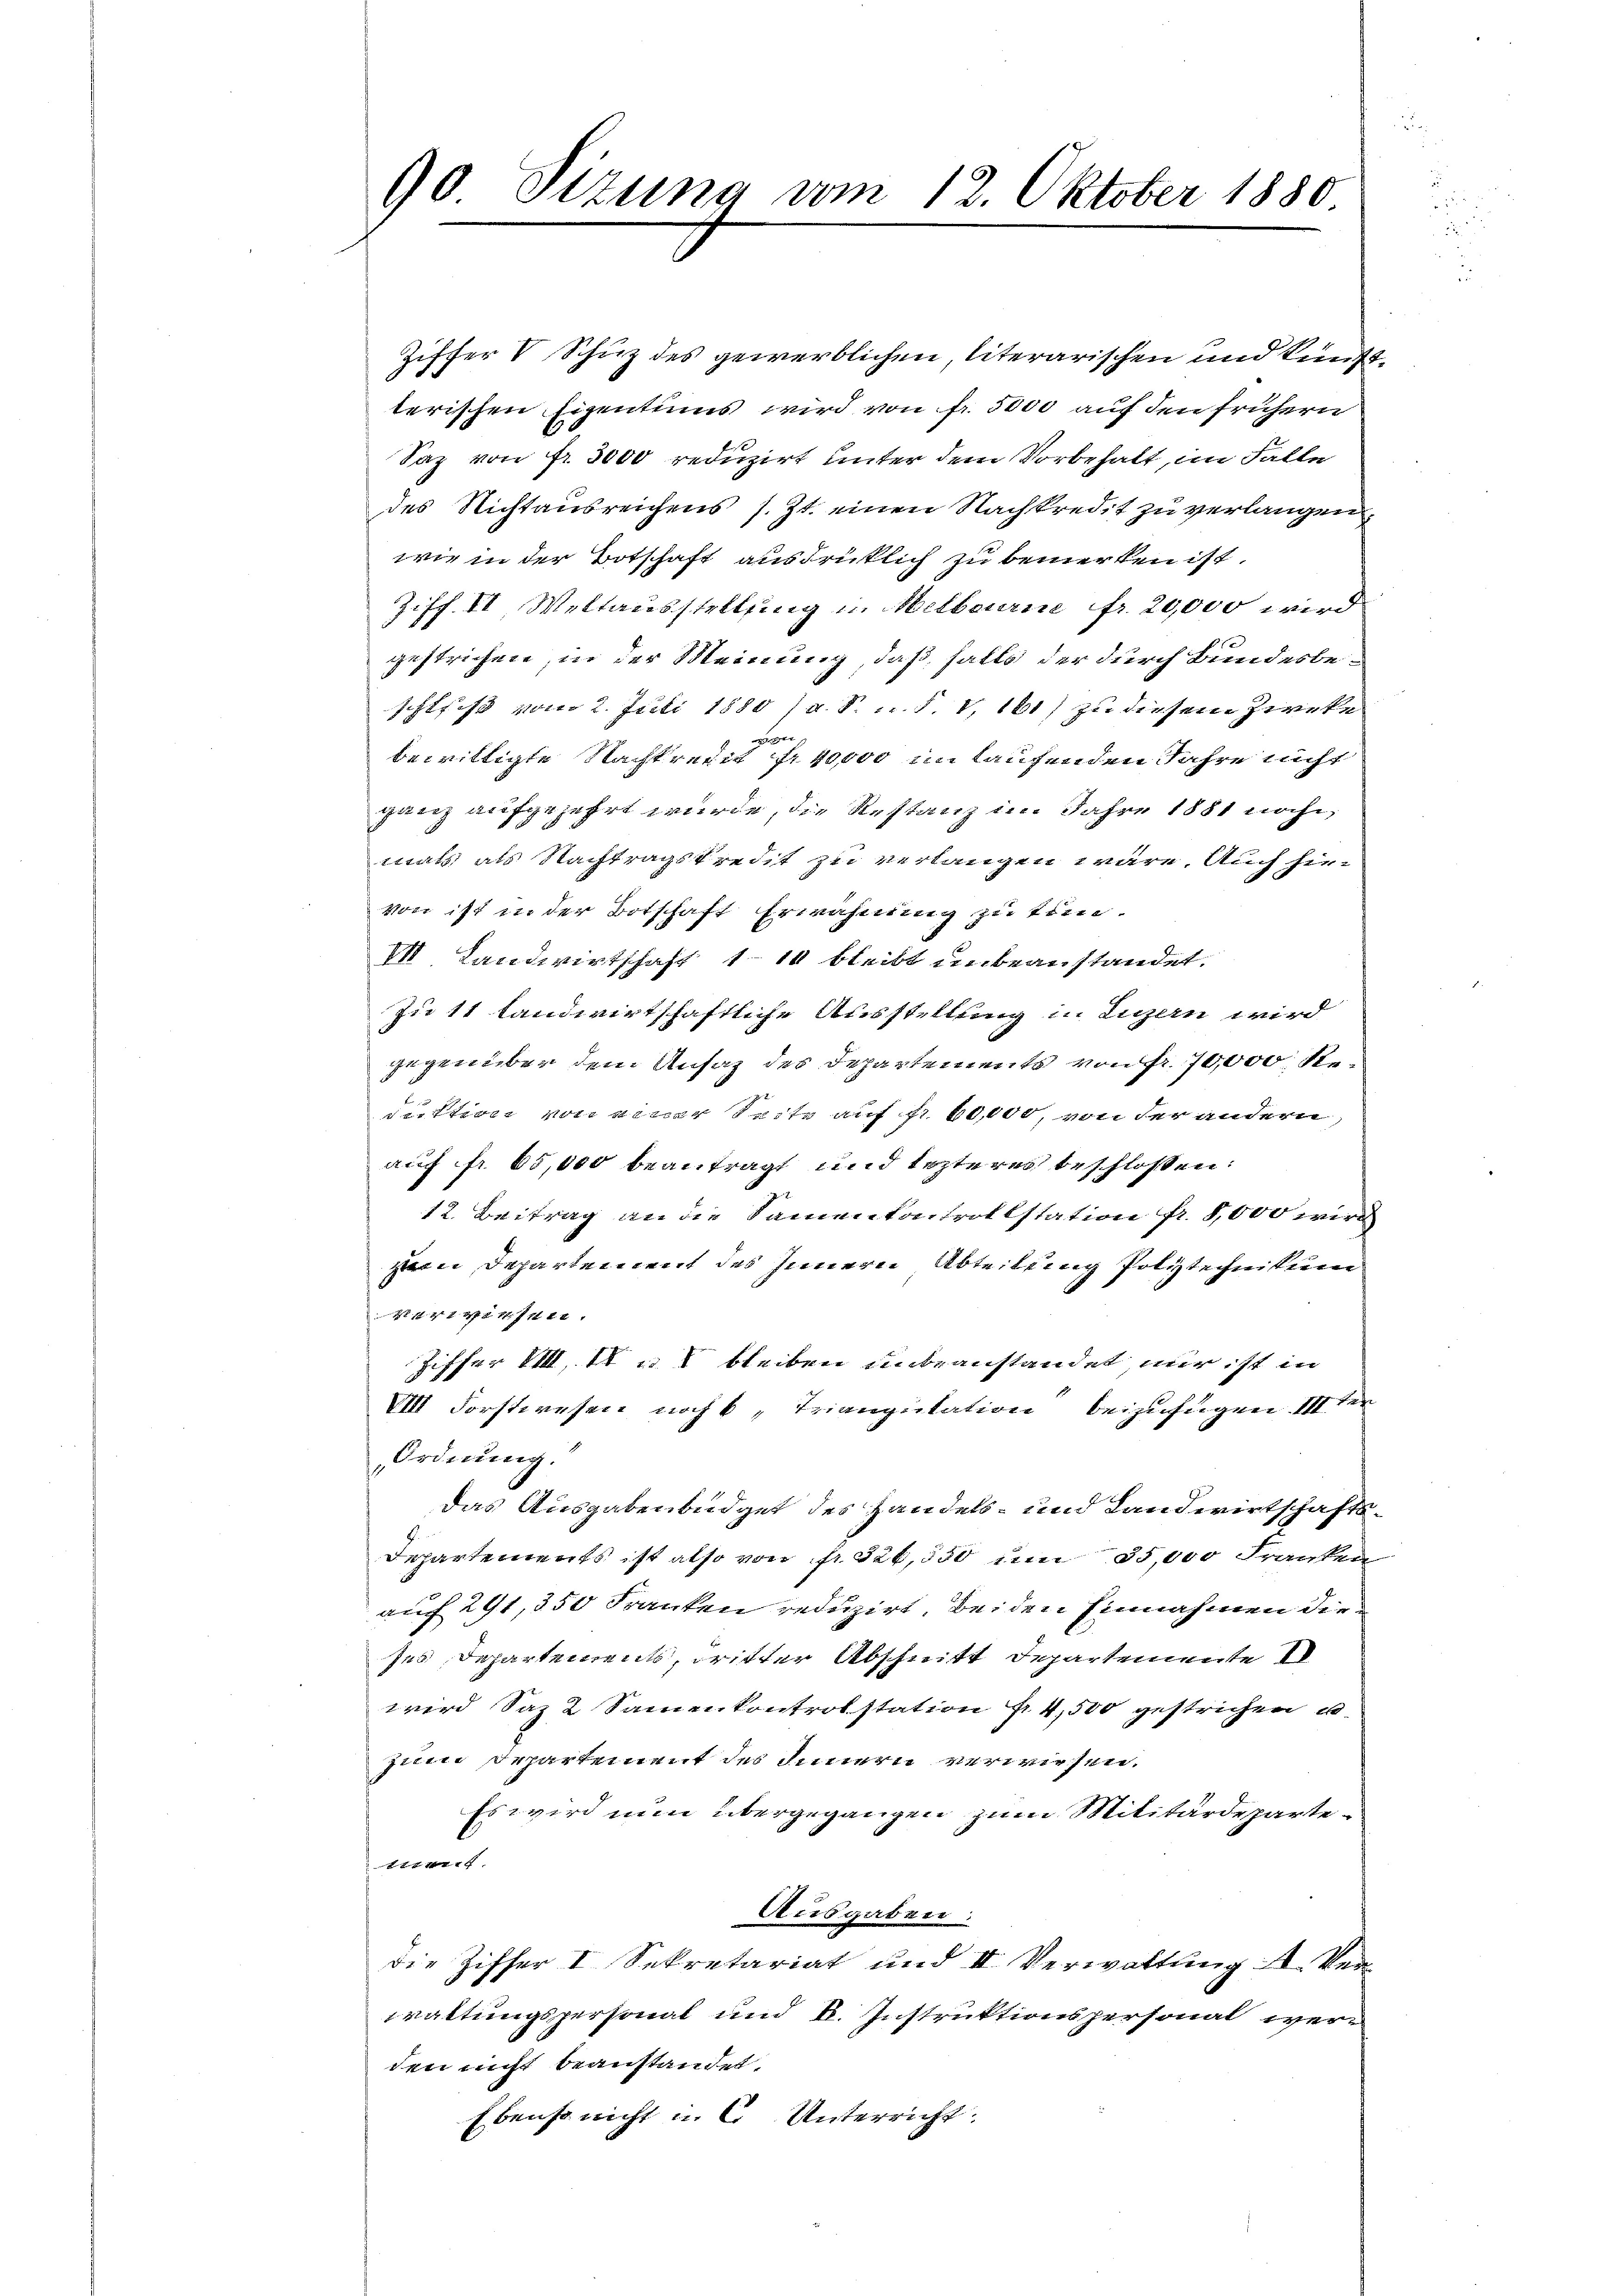
90 Sizung vom 12. Oktober 1880

Ziffer V Schuz des gewerblichen literarischen und künfterischen Eigentums wird von fr. 5000 auf den frühern
Saz von Fr. 3000 reduzirt unter dem Vorbehalt, im Falle
des Nichtausreichens s. Zt. einen Nachkredit zu verlangen,
wie in der Botschaft ausdrücklich zu bemerken ist.
Ziff. II. Weltausstellung in Melbourne fr. 20,000 wird
gestrichen, in der Meinung, daß falls der durch Bundesbeschliess vom 2. Juli 1880 / a. S. u. S. 8, 160) zu diesem Zweke
944
bewilligte Nachtrecht fr. 40000 im Laufenden Jahre nicht
ganz aufgezehrt wurde, die Restanz im Jahre 1881 nachmat, als Nachtragskredit zu verlangen wäre. Auch hievon ist in der Botschaft Erwähnung zu tren¬
II Landwirtschaft 110 bleibt unbeanstandet.
Zu 11 landwirtschaftliche Ausstellung in Luzern wird
gegenüber dem Ansaz des Departements von fr. 70,000 Steuttion von einer Seite auf Fr. 60,000, von der andern
auf fr. 65,000 beantragt und lezteres beschlossen:
12. Beitrag an die Samenkontrollstation fr. 58,000 wird
en Departement des Innern Abteilung Polytechnikum
Verwiesen.
Ziffer d. 1 u. bleiben unbeanstandet, nur ist in
VIII. Forstwesen noch 6 „Trianputation beizufügen. III ter
Ordnung.
Das Ausgabenbüdget des Handels- und Landwirtschafts-
Departements ist also von fr. 326,550 um 35,000 Franken
auf 291, 350 Franken reduzirt, beiden Einnahmen der
ses, Departements, dritter Abschnitt Departemente I
wird Saz & Sammenkontrolstation fr. 4,500 gestrichen u.
zum Departement des Innern verwiesen.
Es wird nun übergegangen zum Militärdepartetient.
Ausgaben:
die Ziffer I Sekretariat und II. Verwaltŭng A. Ver-
waltungspersonal und k. Instruktionspersonal werd
den nicht beanstandet.
Ebens nicht u. 6. Unterricht.